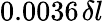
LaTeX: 0.0036\! \; \! \, \delta l